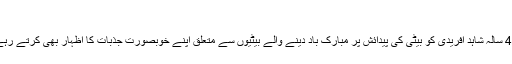
‘
45 سالہ شاہد آفریدی کو بیٹی کی پیدائش پر مبارک باد دینے والے بیٹیوں سے متعلق اپنے خوبصورت جذبات کا اظہار بھی کرتے رہے۔